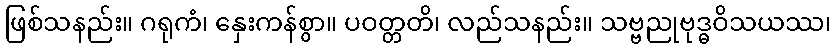
ဖြစ်သနည်း။ ဂရုကံ၊ နှေးကန်စွာ။ ပဝတ္တတိ၊ လည်သနည်း။ သဗ္ဗညုဗုဒ္ဓဝိသယဿ၊